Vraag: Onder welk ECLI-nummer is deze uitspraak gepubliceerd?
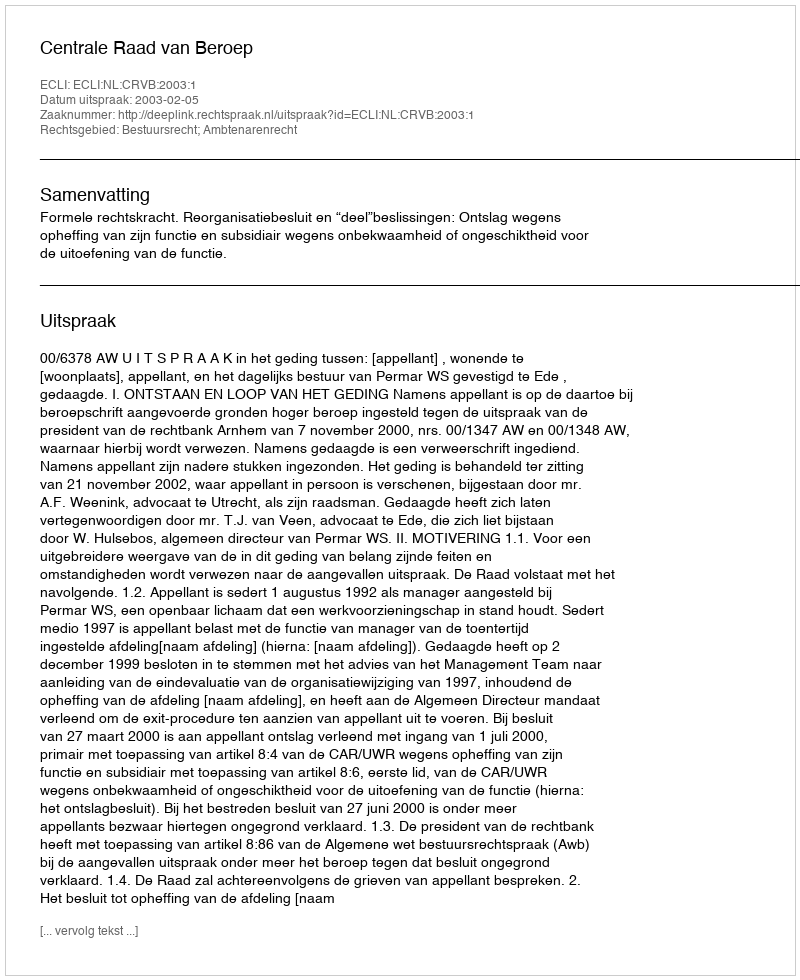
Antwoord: ECLI:NL:CRVB:2003:1